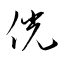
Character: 侊